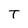
Character: T